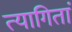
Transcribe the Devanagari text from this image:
त्यागितां